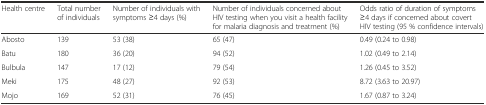
| Health centre | Total number of individuals | Number of individuals with symptoms ≥4 days (%) | Number of individuals concerned about HIV testing when you visit a health facility for malaria diagnosis and treatment (%) | Odds ratio of duration of symptoms ≥4 days if concerned about covert HIV testing (95 % confidence intervals) |
 | --- | --- | --- | --- | --- |
 | Abosto | 139 | 53 (38) | 65 (47) | 0.49 (0.24 to 0.98) |
 | Batu | 180 | 36 (20) | 94 (52) | 1.02 (0.49 to 2.14) |
 | Bulbula | 147 | 17 (12) | 79 (54) | 1.26 (0.45 to 3.52) |
 | Meki | 175 | 48 (27) | 92 (53) | 8.72 (3.63 to 20.97) |
 | Mojo | 169 | 52 (31) | 76 (45) | 1.67 (0.87 to 3.24) |